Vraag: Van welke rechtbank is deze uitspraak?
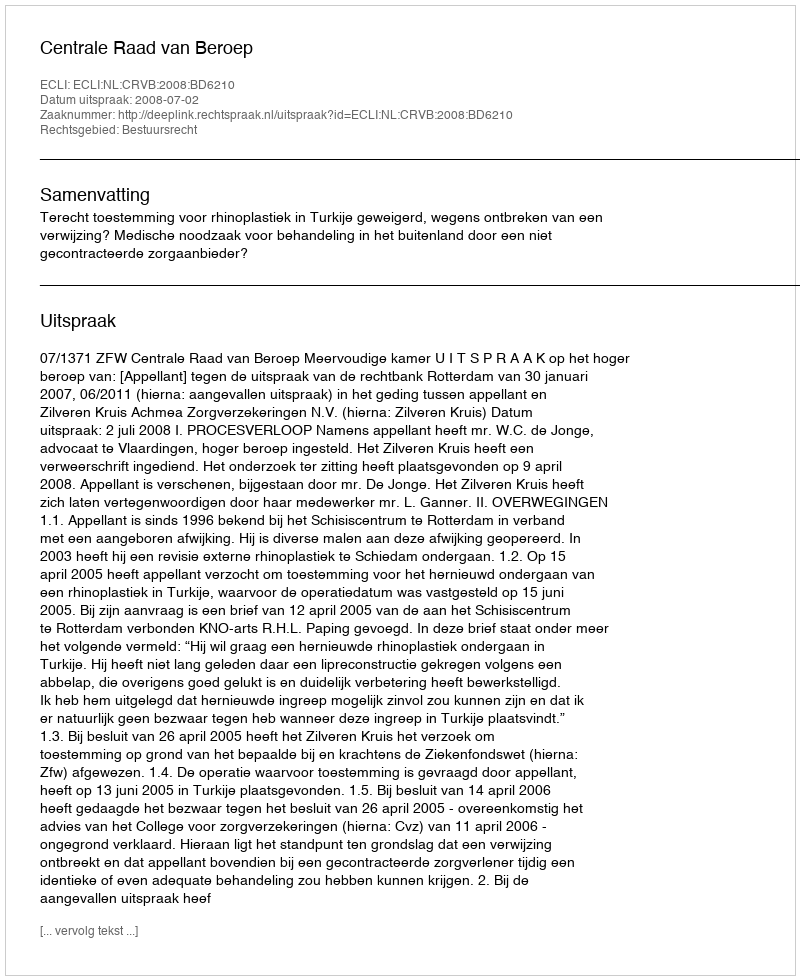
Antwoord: Centrale Raad van Beroep